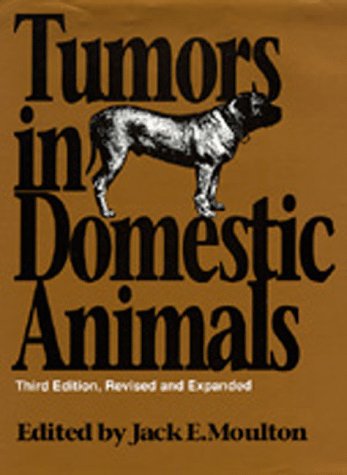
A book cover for Tumors in Domestic Animals, Third edition, Revised and Expanded; Medical Books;